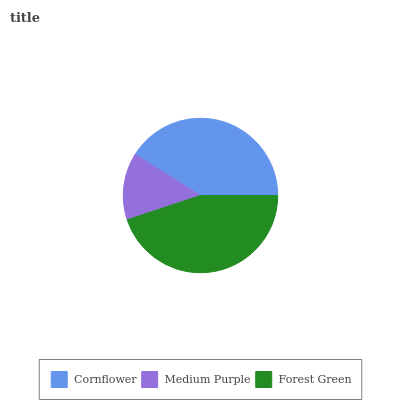
| Cornflower | Medium Purple | Forest Green |
 | --- | --- | --- |
 | 41.1% | 14% | 44.9% |